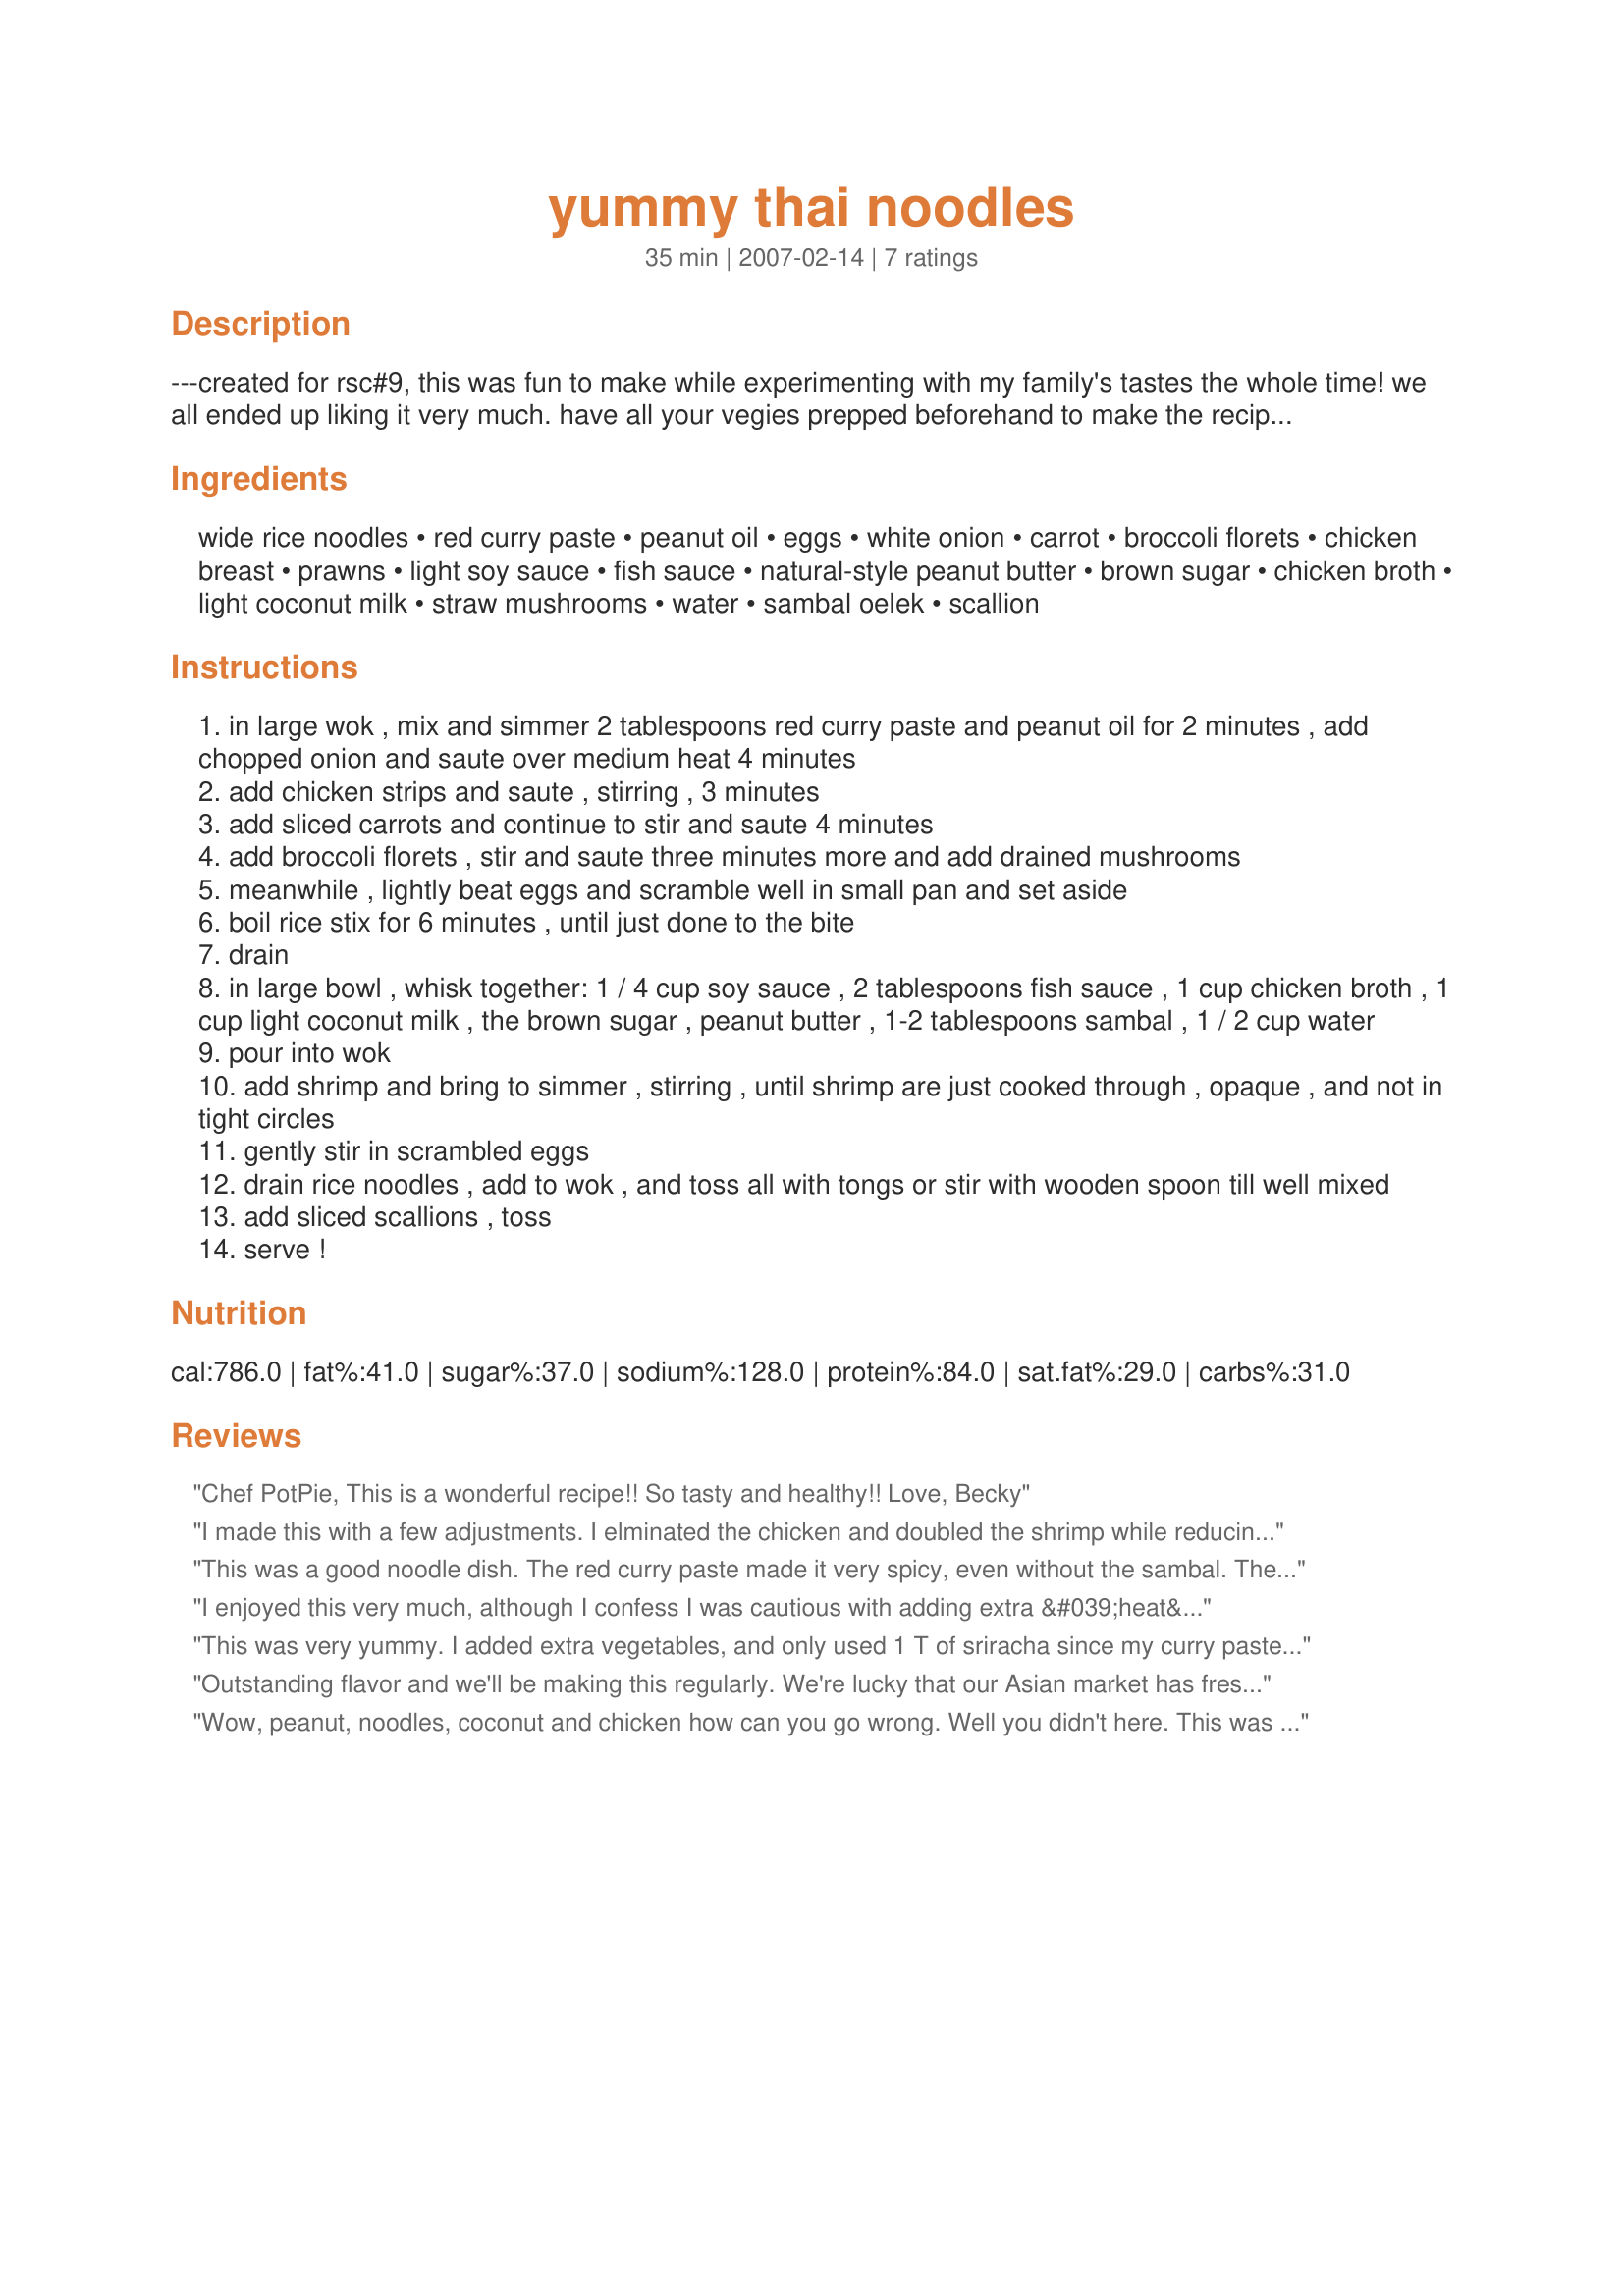
yummy thai noodles
Preparation time: 35 minutes

---created for rsc#9, this was fun to make while experimenting with my family's tastes the whole time! we all ended up liking it very much. have all your vegies prepped beforehand to make the recipe more fluid and easy to prepare. note: you can start out with 1 teaspoon of red pepper flakes for the sambal. if you use the sambal, you might want to start with 1 tablespoon and go on from there to your taste, this was pretty spicy!------

Ingredients:
wide rice noodles, red curry paste, peanut oil, eggs, white onion, carrot, broccoli florets, chicken breast, prawns, light soy sauce, fish sauce, natural-style peanut butter, brown sugar, chicken broth, light coconut milk, straw mushrooms, water, sambal oelek, scallion

Steps:
in large wok , mix and simmer 2 tablespoons red curry paste and peanut oil for 2 minutes , add chopped onion and saute over medium heat 4 minutes
add chicken strips and saute , stirring , 3 minutes
add sliced carrots and continue to stir and saute 4 minutes
add broccoli florets , stir and saute three minutes more and add drained mushrooms
meanwhile , lightly beat eggs and scramble well in small pan and set aside
boil rice stix for 6 minutes , until just done to the bite
drain
in large bowl , whisk together: 1 / 4 cup soy sauce , 2 tablespoons fish sauce , 1 cup chicken broth , 1 cup light coconut milk , the brown sugar , peanut butter , 1-2 tablespoons sambal , 1 / 2 cup water
pour into wok
add shrimp and bring to simmer , stirring , until shrimp are just cooked through , opaque , and not in tight circles
gently stir in scrambled eggs
drain rice noodles , add to wok , and toss all with tongs or stir with wooden spoon till well mixed
add sliced scallions , toss
serve !

Reviews:
Chef PotPie,
This is a wonderful recipe!! So tasty and healthy!!
Love,
Becky
I made this with a few adjustments. I elminated the chicken and doubled the shrimp while reducing the recipe by half. I also used button mushrooms and added a julienned red pepper. I found the recipe flavorful and spicy. I liked the colorful appeal with all of the veggies and pink shrimp. Good luck in the contest!
This was a good noodle dish. The red curry paste made it very spicy, even without the sambal. The type of rice noodles they sell in our stores cook in about 1 minute. I tripled the broccoli, and followed Susie's lead and added a red pepper. Also garnished with cilantro. I thought it seemed like it might be too much liquid, but it was fine after adding the noodles. Portions were generous.
I enjoyed this very much, although I confess I was cautious with adding extra &#039;heat&#039; since my husband struggles with it. I loved that sweet spicy flavour, for me this is fabulous mix! I had to sub zucchini for the broccoli, hope you dont mind, I felt it worked very well, and I used a thin fettucine instead of rice sticks. Enjoyed very much, for ZWT9 Family Picks, Pink Panthers, thank you!
This was very yummy. I added extra vegetables, and only used 1 T of sriracha since my curry paste has a real kick. Thanks for posting! Made for ZWT 9, Gourmet Goddesses.
Outstanding flavor and we'll be making this regularly. We're lucky that our Asian market has fresh rice sticks. 1 T of sambal adds significant heat!
Wow, peanut, noodles, coconut and chicken how can you go wrong. Well you didn't here. This was fantastic!!!! Excellent flavor, great directions...thanks for this...will definitely make again.
